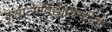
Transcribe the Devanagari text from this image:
कृतात्मविद्याविन्यासो